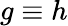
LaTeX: g\equiv h